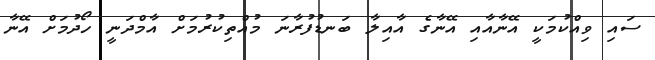
ސައި ވިއްކުމަކީ އޭނާއާއި އޭނާގެ އާއިލާ ބަނޑުފުރާނަ މުއްތިކުރުމަށް އާމްދަނީ ހޯދުމަށް އޭނާ